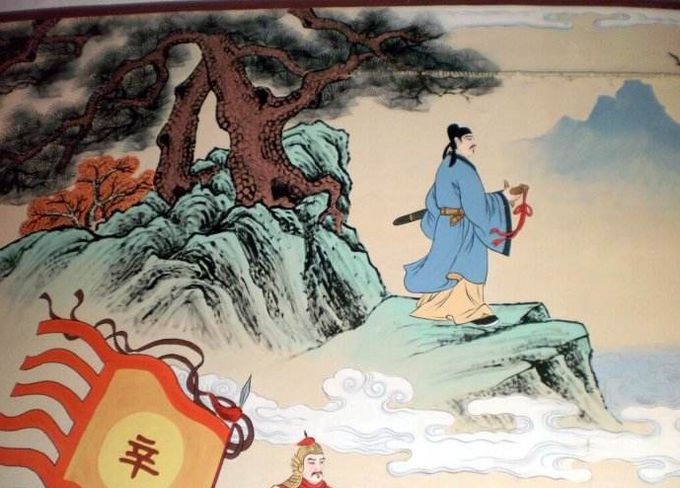
千古兴亡多少事？悠悠。